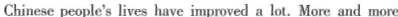
Chinese people's lives have improved a lot.More and more